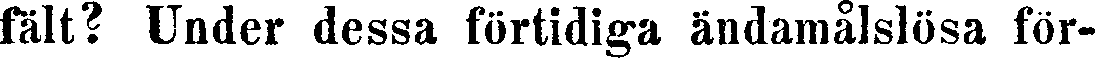
fält? Under dessa förtidiga ändamålslösa för-